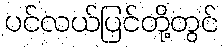
ပင်လယ်ပြင်တို့တွင်